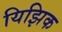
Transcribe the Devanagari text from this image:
यिझिक